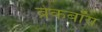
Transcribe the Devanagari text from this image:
ब्रेकबॉय